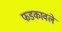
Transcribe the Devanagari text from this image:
फडकावले